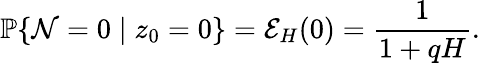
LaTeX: \mathbb{P}\{ \mathcal{N}=0\mid z_{0}=0\} =\mathcal{E}_{H}(0)=\frac{1}{1+qH}.